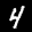
Label: 4